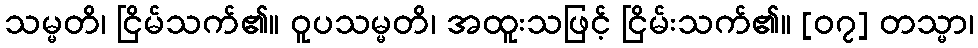
သမ္မတိ၊ ငြိမ်သက်၏။ ဝူပသမ္မတိ၊ အထူးသဖြင့် ငြိမ်းသက်၏။ [၀၇] တသ္မာ၊